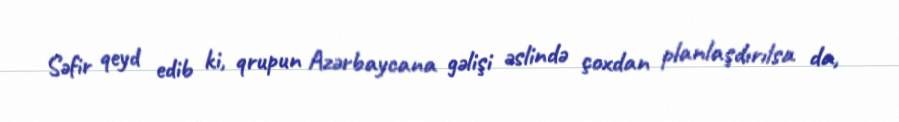
Səfir qeyd edib ki, qrupun Azərbaycana gəlişi əslində çoxdan planlaşdırılsa da,